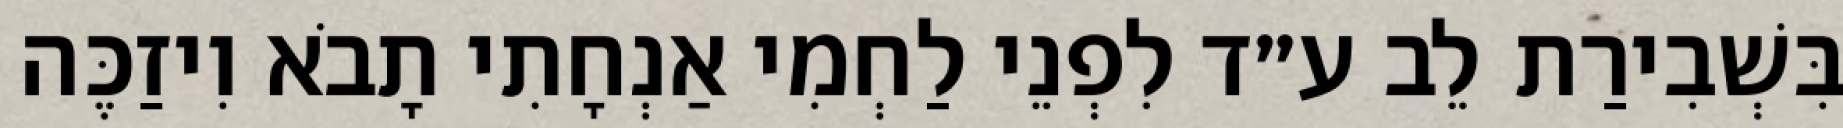
בִּשְׁבִירַת לֵב ע״ד לִפְנֵי לַחְמִי אַנְחָתִי תָבֹא וִיזַכֶּה